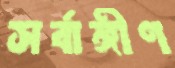
সর্বাঙ্গীণ